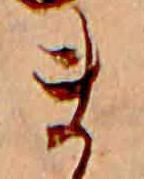
ま